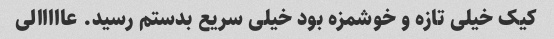
کیک خیلی تازه و خوشمزه بود خیلی سریع بدستم رسید. عااااالی